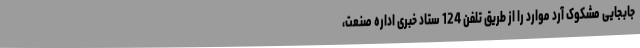
جابجایی مشکوک آرد موارد را از طریق تلفن 124 ستاد خبری اداره صنعت،